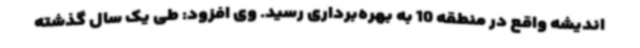
اندیشه واقع در منطقه 10 به بهره‌برداری رسید. وی افزود: طی یک سال گذشته